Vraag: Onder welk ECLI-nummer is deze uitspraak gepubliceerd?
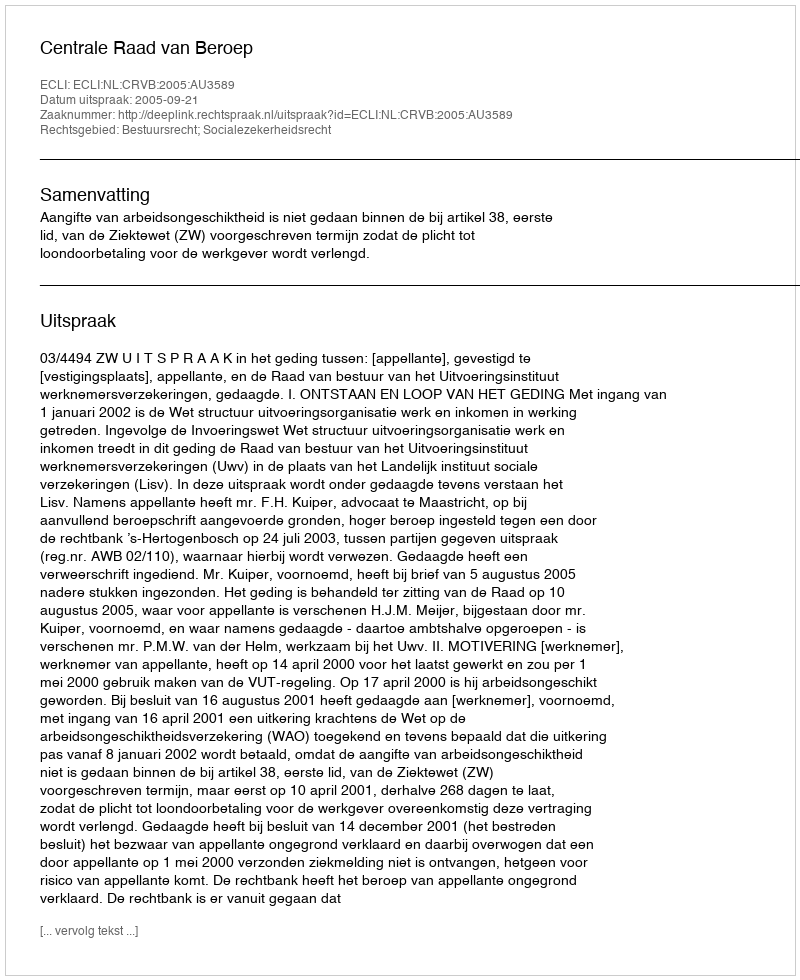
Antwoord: ECLI:NL:CRVB:2005:AU3589